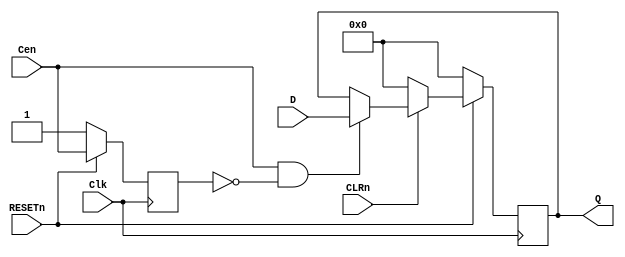
//ttl_74273_sync.v
// Octal D flip-flop with reset; positive-edge-triggered
`default_nettype none
`timescale 1ns/1ps
module ttl_74273_sync
(
    input wire RESETn,
    input wire CLRn,
    input wire Clk,
    input wire Cen /* synthesis syn_direct_enable = 1 */,
    input wire [7:0] D,
    output wire [7:0] Q
);
    //------------------------------------------------//
    reg [7:0] Q_current;
    reg last_cen;
    
    always @(posedge Clk)
    begin
        
        if (!RESETn) begin
            Q_current <= 0;
            last_cen <= 1'b1;
        end
        else 
        begin
            last_cen <= Cen;
            if (!CLRn) Q_current <= 0;
            else if(Cen && !last_cen) Q_current <= D; //detect rising edge of Cen
        end
    end
    //------------------------------------------------//
    assign Q = Q_current;
endmodule